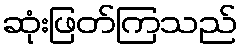
ဆုံးဖြတ်ကြသည်